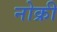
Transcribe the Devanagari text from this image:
नोक्री